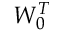
W _ { 0 } ^ { T }